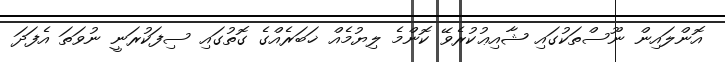
އޮންލައިން ނޫސްތަކުގައި ޝާއިޢުކުރެވޭ ކޮންމެ ލިޔުމެއް ޚަބަރެއްގެ ގޮތުގައި ސިފަކުރަނީ ނުވަތަ އެފަދަ